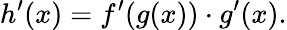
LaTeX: h^{\prime}(x)=f^{\prime}(g(x))\cdot g^{\prime}(x).